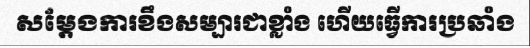
សម្តែងការខឹងសម្បារជាខ្លាំង ហើយធ្វើការប្រឆាំង